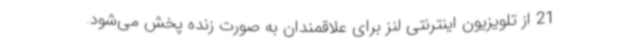
21 از تلویزیون اینترنتی لنز برای علاقمندان به صورت زنده پخش می‌شود.